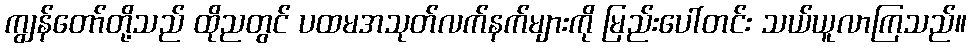
ကျွန်တော်တို့သည် ထိုညတွင် ပထမအသုတ်လက်နက်များကို မြည်းပေါ်တင်း သယ်ယူလာကြသည်။